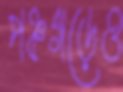
পঞ্চগড়েও